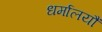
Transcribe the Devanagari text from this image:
धर्मालयौं